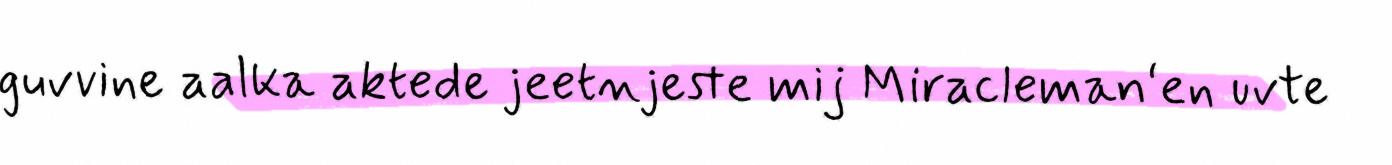
guvvine aalka aktede jeetnjeste mij Miracleman‘en uvte